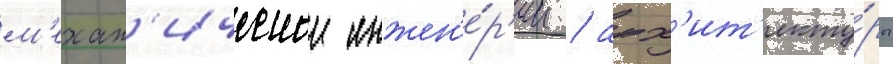
м'ехан'ическои инжен'е́р'ии / арх'ит'екту́ры